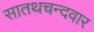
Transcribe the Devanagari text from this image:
सातथचन्दवार